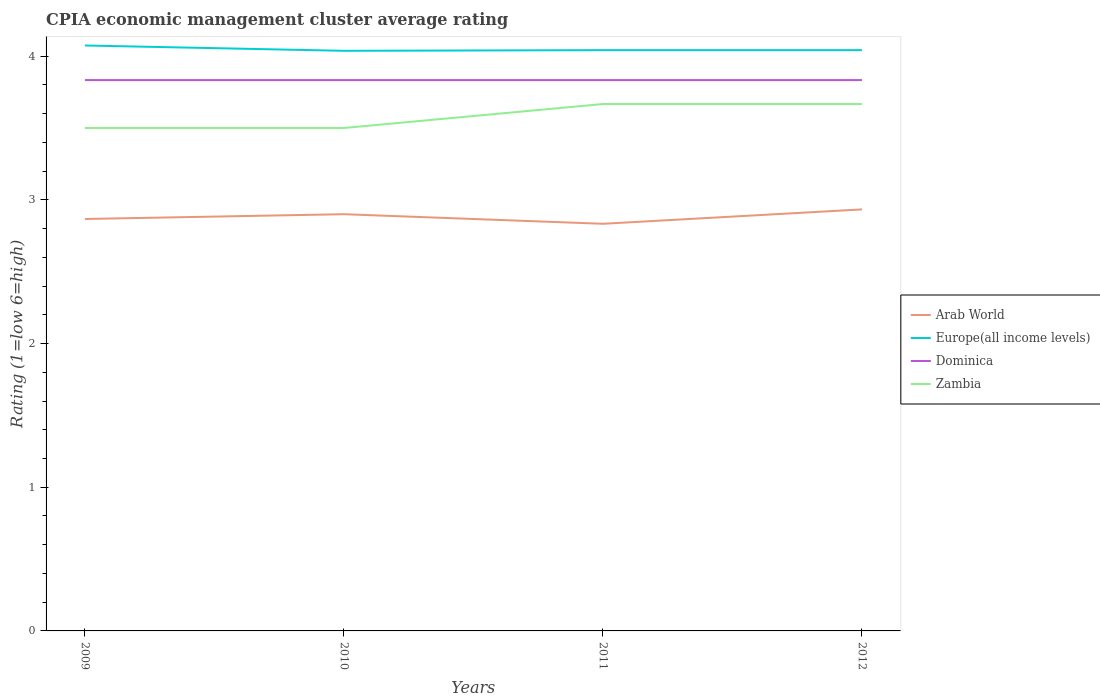
| Years | Arab World | Europe(all income levels) | Dominica | Zambia |
 | --- | --- | --- | --- | --- |
 | 2009 | 2.87 | 4.07 | 3.83 | 3.5 |
 | 2010 | 2.9 | 4.04 | 3.83 | 3.5 |
 | 2011 | 2.83 | 4.04 | 3.83 | 3.67 |
 | 2012 | 2.93 | 4.04 | 3.83 | 3.67 |